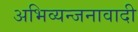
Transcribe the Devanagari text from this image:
अभिव्यन्जनावादी